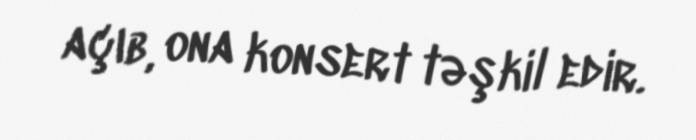
açıb, ona konsert təşkil edir.